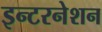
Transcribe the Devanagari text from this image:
इन्टरनेशन